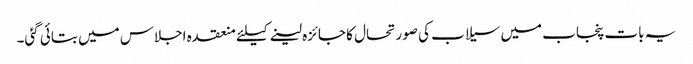
یہ بات پنجاب میں سیلاب کی صورتحال کا جائزہ لینے کیلئے منعقدہ اجلاس میں بتائی گئی۔